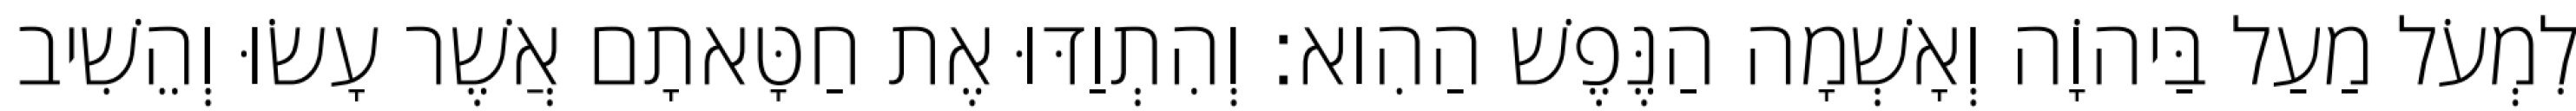
לִמְעֹל מַעַל בַּיהוָֹה וְאָשְׁמָה הַנֶּפֶשׁ הַהִוא׃ וְהִתְוַדּוּ אֶת חַטָּאתָם אֲשֶׁר עָשׂוּ וְהֵשִׁיב